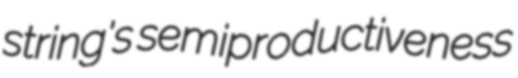
string's semiproductiveness